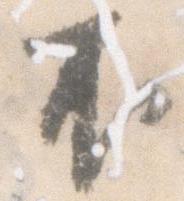
不